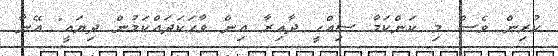
ކުރިން ވެސް މި ކަންކަމާ ސިއްހީ ދާއިރާ އިން ވާހަކަދައްކަމުން ދިޔައީ" އޭނާ